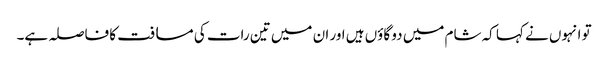
تو انہوں نے کہا کہ شام میں دو گاؤں ہیں اور ان میں تین رات کی مسافت کا فاصلہ ہے۔